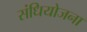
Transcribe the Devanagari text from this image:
संधियोजना